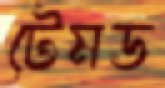
টেমড